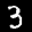
Label: 3